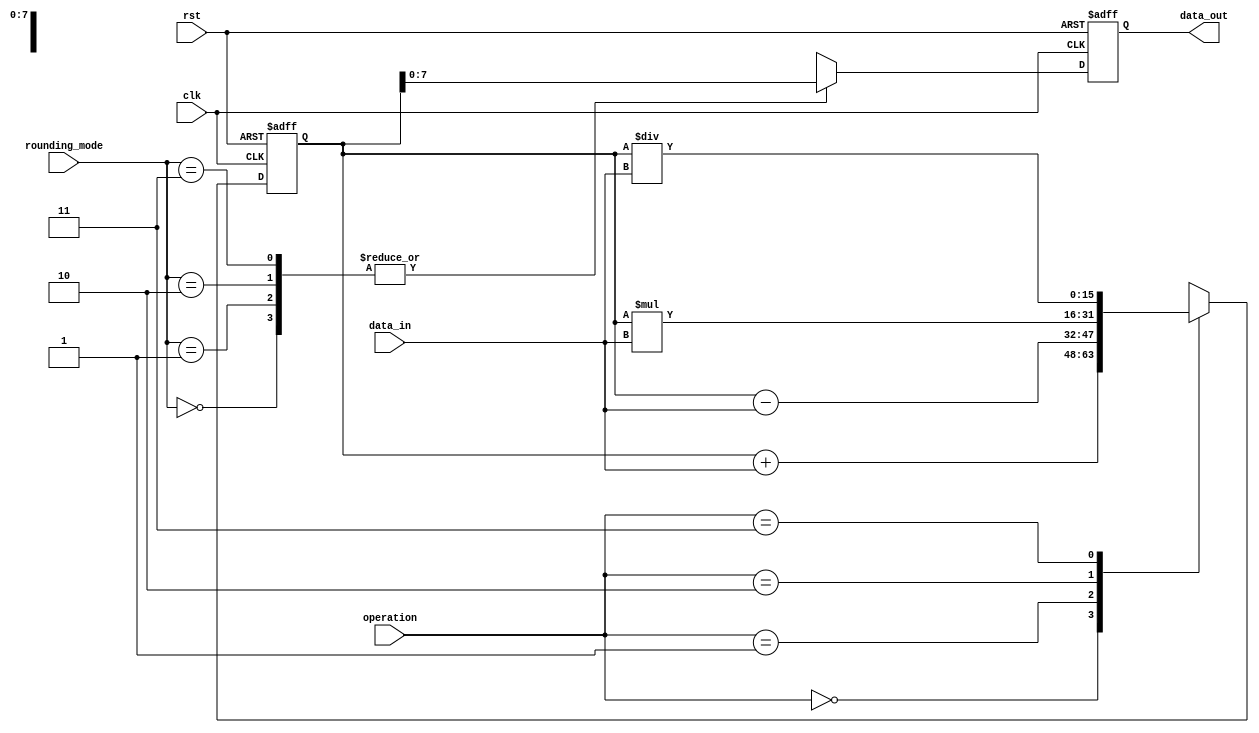
module rounding_unit (
    input wire clk,
    input wire rst,
    input wire [7:0] data_in,
    input wire [1:0] operation,
    input wire [1:0] rounding_mode,
    output reg [7:0] data_out
);

reg [15:0] temp_data;

always @(posedge clk or posedge rst) begin
    if (rst) begin
        temp_data <= 16'b0;
        data_out <= 8'b0;
    end else begin
        case(operation)
            2'b00: temp_data <= temp_data + data_in; // addition
            2'b01: temp_data <= temp_data - data_in; // subtraction
            2'b10: temp_data <= temp_data * data_in; // multiplication
            2'b11: temp_data <= temp_data / data_in; // division
        endcase

        case(rounding_mode)
            2'b00: data_out <= temp_data[7:0]; // round up
            2'b01: data_out <= temp_data[7:0]; // round down
            2'b10: data_out <= temp_data[7:0]; // round to zero
            2'b11: data_out <= temp_data[7:0]; // round to nearest
        endcase
    end
end

endmodule